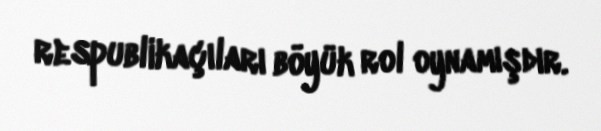
respublikaçıları böyük rol oynamışdır.